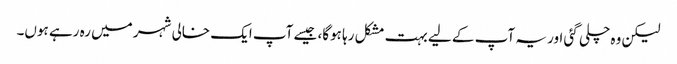
لیکن وہ چلی گئی اور یہ آپ کے لیے بہت مشکل رہا ہوگا، جیسے آپ ایک خالی شہر میں رہ رہے ہوں۔